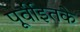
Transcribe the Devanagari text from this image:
पूर्वीइतके